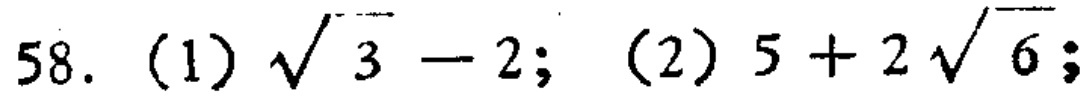
58. (1) $\sqrt{3}-2$; (2) $5 + 2\sqrt{6}$;